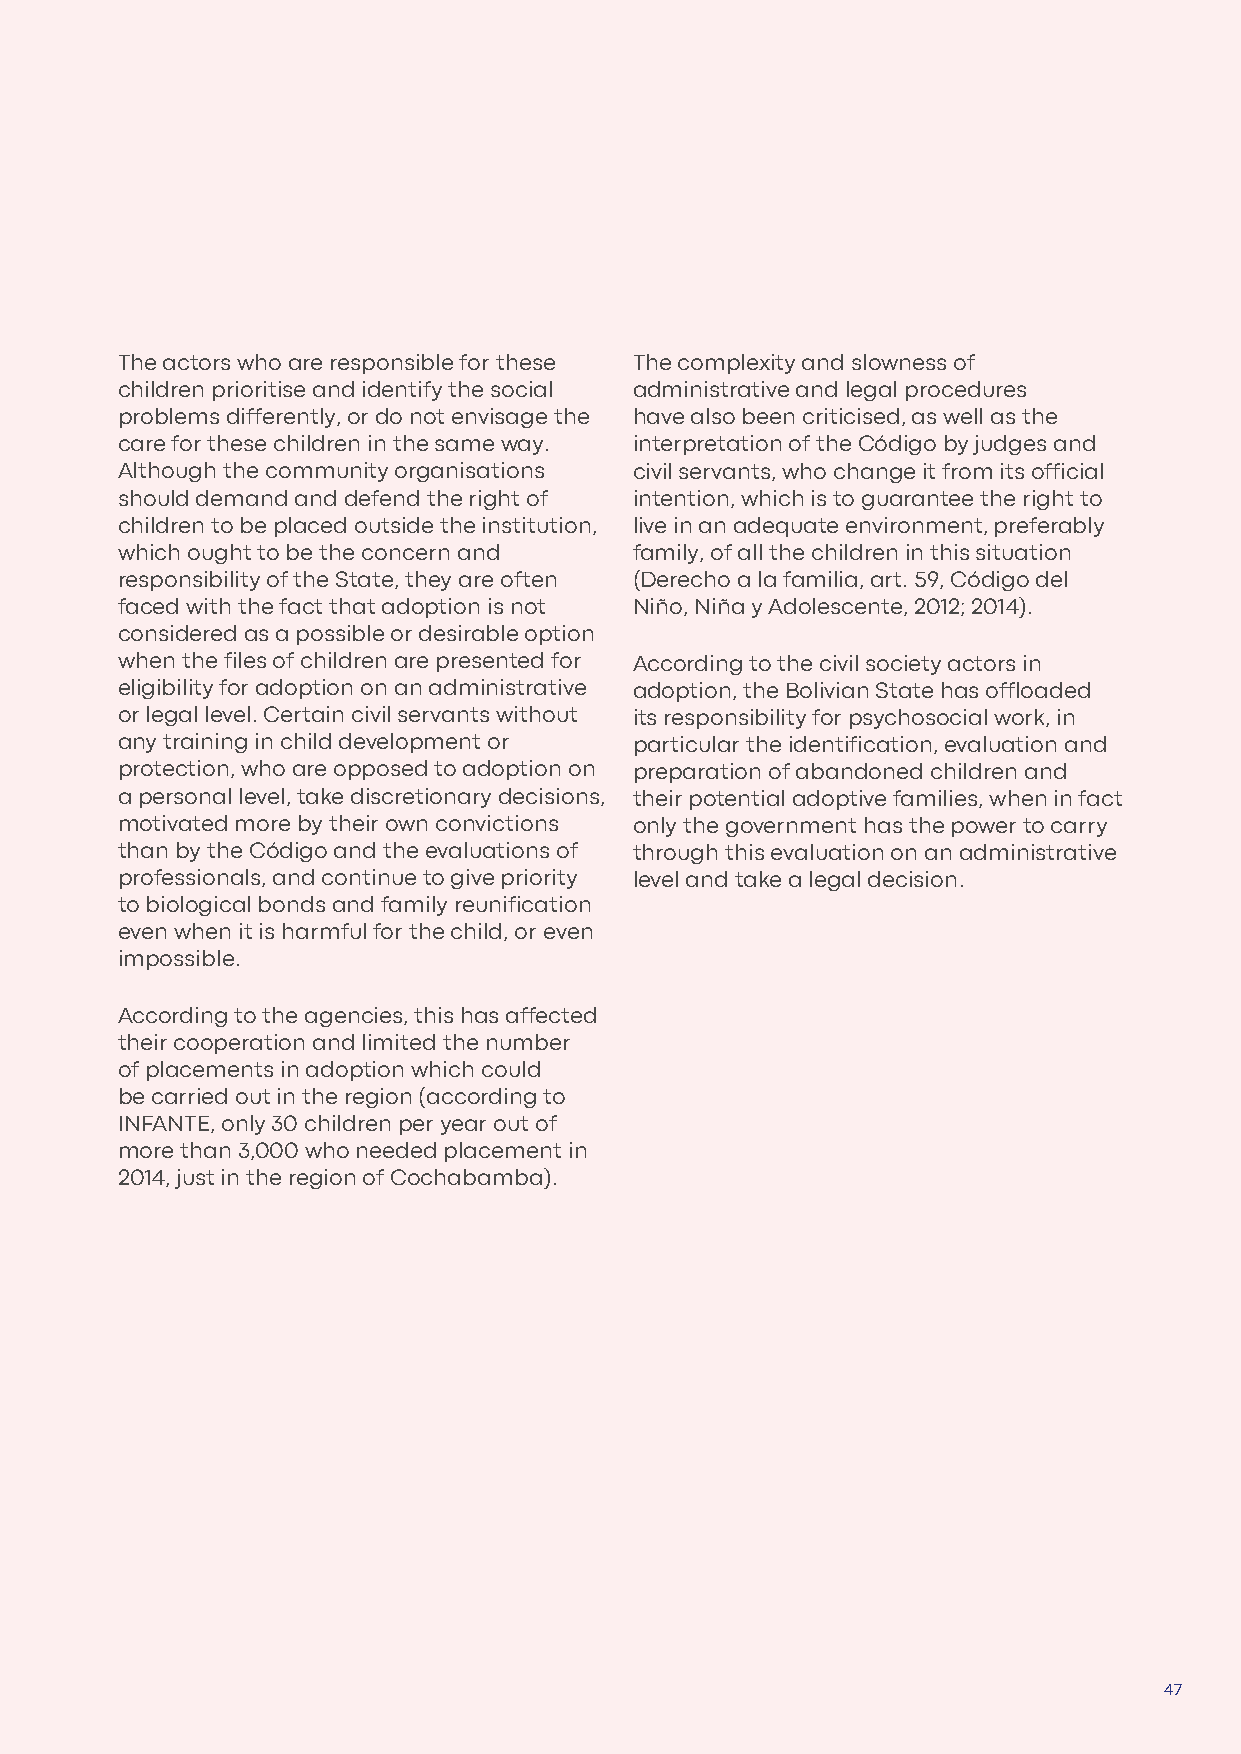
The actors who are responsible for these The complexity and slowness of
 children prioritise and identify the social administrative and legal procedures
 problems differently, or do not envisage the have also been criticised, as well as the
 care for these children in the same way. interpretation of the Código by judges and
 Although the community organisations civil servants, who change it from its official
 should demand and defend the right of intention, which is to guarantee the right to
 children to be placed outside the institution, live in an adequate environment, preferably
 which ought to be the concern and family, of all the children in this situation
 responsibility of the State, they are often (Derecho a la familia, art. 59, Código del
 faced with the fact that adoption is not Niño, Niña y Adolescente, 2012; 2014).
 considered as a possible or desirable option
 when the files of children are presented for According to the civil society actors in
 eligibility for adoption on an administrative adoption, the Bolivian State has offloaded
 or legal level. Certain civil servants without its responsibility for psychosocial work, in
 any training in child development or particular the identification, evaluation and
 protection, who are opposed to adoption on preparation of abandoned children and
 a personal level, take discretionary decisions, their potential adoptive families, when in fact
 motivated more by their own convictions only the government has the power to carry
 than by the Código and the evaluations of through this evaluation on an administrative
 professionals, and continue to give priority level and take a legal decision.
 to biological bonds and family reunification
 even when it is harmful for the child, or even
 impossible.
 According to the agencies, this has affected
 their cooperation and limited the number
 of placements in adoption which could
 be carried out in the region (according to
 INFANTE, only 30 children per year out of
 more than 3,000 who needed placement in
 2014, just in the region of Cochabamba).
 47